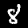
Digit: 8